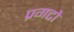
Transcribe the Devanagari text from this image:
प्रगटो